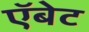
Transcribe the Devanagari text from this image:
ऍबेट